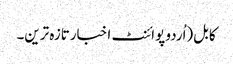
کابل(اُردو پوائنٹ اخبارتازہ ترین۔